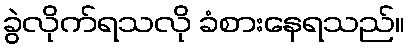
ခွဲလိုက်ရသလို ခံစားနေရသည်။